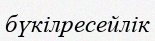
бүкілресейлік